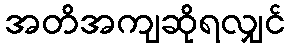
အတိအကျဆိုရလျှင်